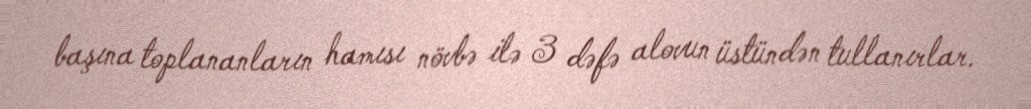
başına toplananların hamısı növbə ilə 3 dəfə alovun üstündən tullanırlar.